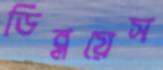
ডিব্লয়েস